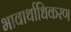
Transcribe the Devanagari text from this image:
भावार्थाधिकरण